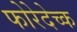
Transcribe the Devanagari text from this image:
फोरेदेच्क